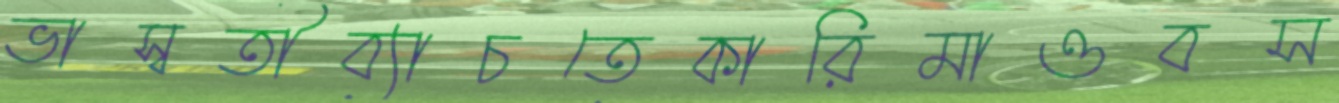
ভাস্বতীব্যাচতেকারিমাওবস